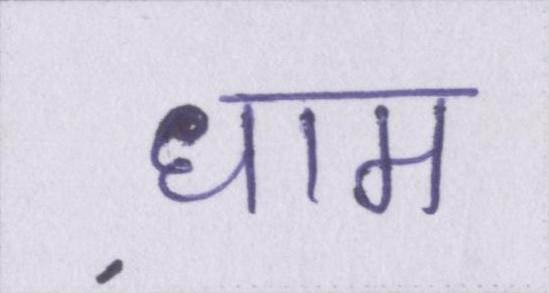
धाम